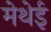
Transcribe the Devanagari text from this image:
मेथेई